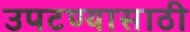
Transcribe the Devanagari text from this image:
उपटण्यासाठी